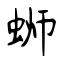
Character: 蛳